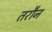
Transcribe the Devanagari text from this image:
तरौन